Vaccination report Assam 1896-1927 - 1896-1927
Year: 1896
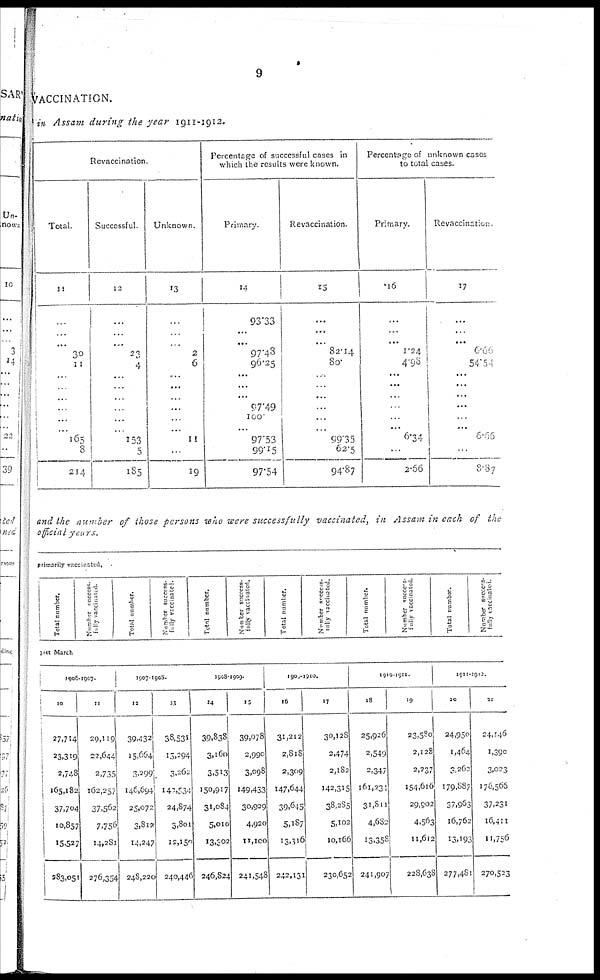
9
VACCINATION.
in Assam during the year 1911-1912.
Revaccination.
Total.
11
...
...
...
30
11
1
...
...
...
...
... 165
8
214
Successful.
12
...
...
....
23
4
...
...
...
...
...
...
153
5
185
Unknown.
13
...
...
...
2
6
...
...
...
...
...
... 11
...
19
Percentage of successful cases in
which the results were known.
Primary.
14
93.33
...
...
97.48
96.25
...
...
...
97.49
100.
... 97.53
99.15
97.54
Revaccination.
15
...
...
...
82.14
80.
...
...
...
...
...
...
99.35
62.5
94.87
Percentage of unknown cases
to total cases.
Primary.
16
...
...
...
1.24
4.98
...
...
...
...
...
...
6.34
...
2.66
Revaccination.
17
...
...
...
6.66
54.54
...
...
...
...
...
...
6.65
...
8.87
and the number of those persons who were successfully vaccinated, in Assam in each of the
official years.
primarily vaccinated.
Total number.
Number success.
fully vaccinated.
Total number.
Number success-
fully vaccinated.
Total number.
Number success-
fully vaccinated.
Total number.
Number success¬
fully vaccinated.
Total number.
Number succes¬
fully vaccinated.
Total number.
Number success-
fully vaccinated
31st March
1906-1907.
10
27,714
23,319
2,748
165,182
37,704
10,857
15,527
383,051
11
29,119
22,644
2,735
162,257
37,562
7,756
14,281
276,354
1907-1908.
12
39,432
15,664
3,299
146,694
25,072
3,812
14,247
248,220
13
38,531
15,294
3,262
142,534
24,874
3,801
12,150
240,446
1908-1909.
14
39,838
3,160
3,513
150,917
31,084
5,010
13,302
246,824
15
39,078
2,990
3,098
149,433
30,929
4,920
11,100
241,548
1909-1910.
16
31,212
2,818
2,309
147,644
39,645
5,187
13,316
242,131
17
30,128
2,474
2,182
142,315
38,285
5,102
10,166
230,652
1910-1911.
18
25,926
2,549
2,347
161,234
31,811
4,682
13,358
241,907
19
23,580
2,128
2,237
154,616
29,902
4,563
11,612
228,638
1911-1912
20
24,950
1,464
3,262
179,887
37,963
16,762
13,193
277,481
21
24,146
1,390
3,023
176,566
37,231
16,411
11,756
270,523